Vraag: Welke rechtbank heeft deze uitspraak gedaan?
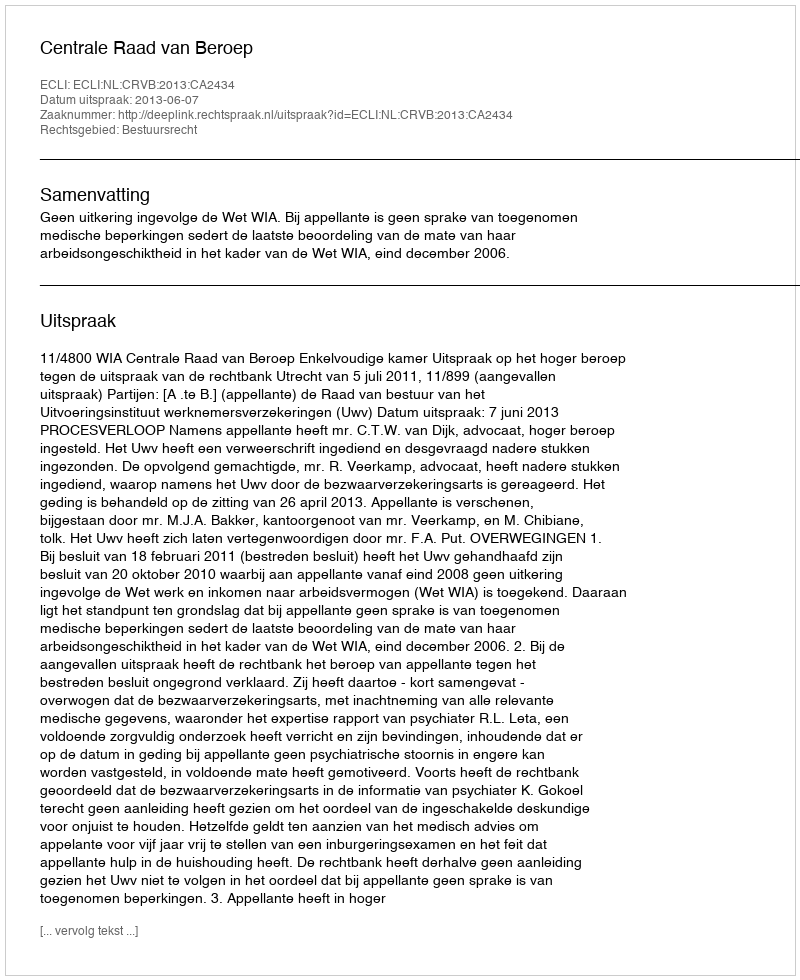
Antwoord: Centrale Raad van Beroep